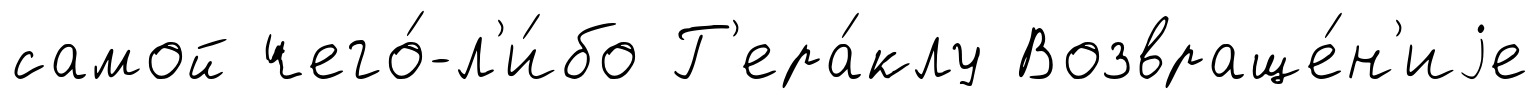
самой чего́-л'и́бо Г'ера́клу Возвраще́н'иjе